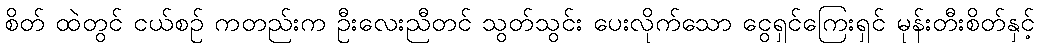
စိတ် ထဲတွင် ငယ်စဉ် ကတည်းက ဦးလေးညီတင် သွတ်သွင်း ပေးလိုက်သော ငွေရှင်ကြေးရှင် မုန်းတီးစိတ်နှင့်